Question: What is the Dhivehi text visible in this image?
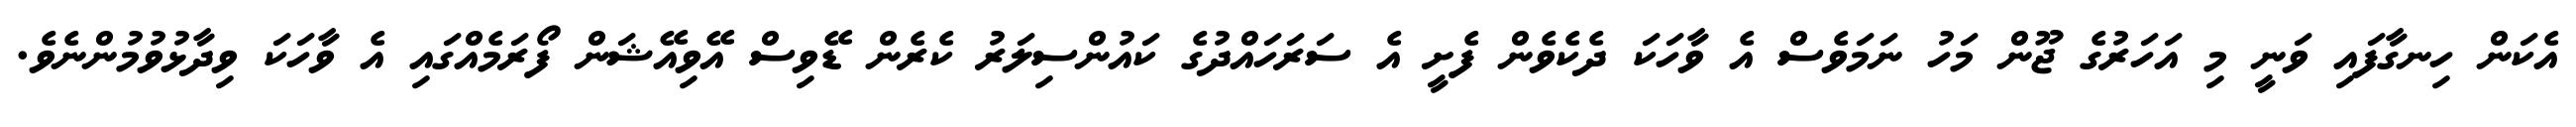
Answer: އެކަން ހިނގާފައި ވަނީ މި އަހަރުގެ ޖޫން މަހު ނަމަވެސް އެ ވާހަކަ ދެކެވެން ފެށީ އެ ސަރަހައްދުގެ ކައުންސިލަރު ކެރެން ޑޭވިސް އޭވިއޭޝަން ފޯރަމެއްގައި އެ ވާހަކަ ވިދާޅުވުމުންނެވެ.